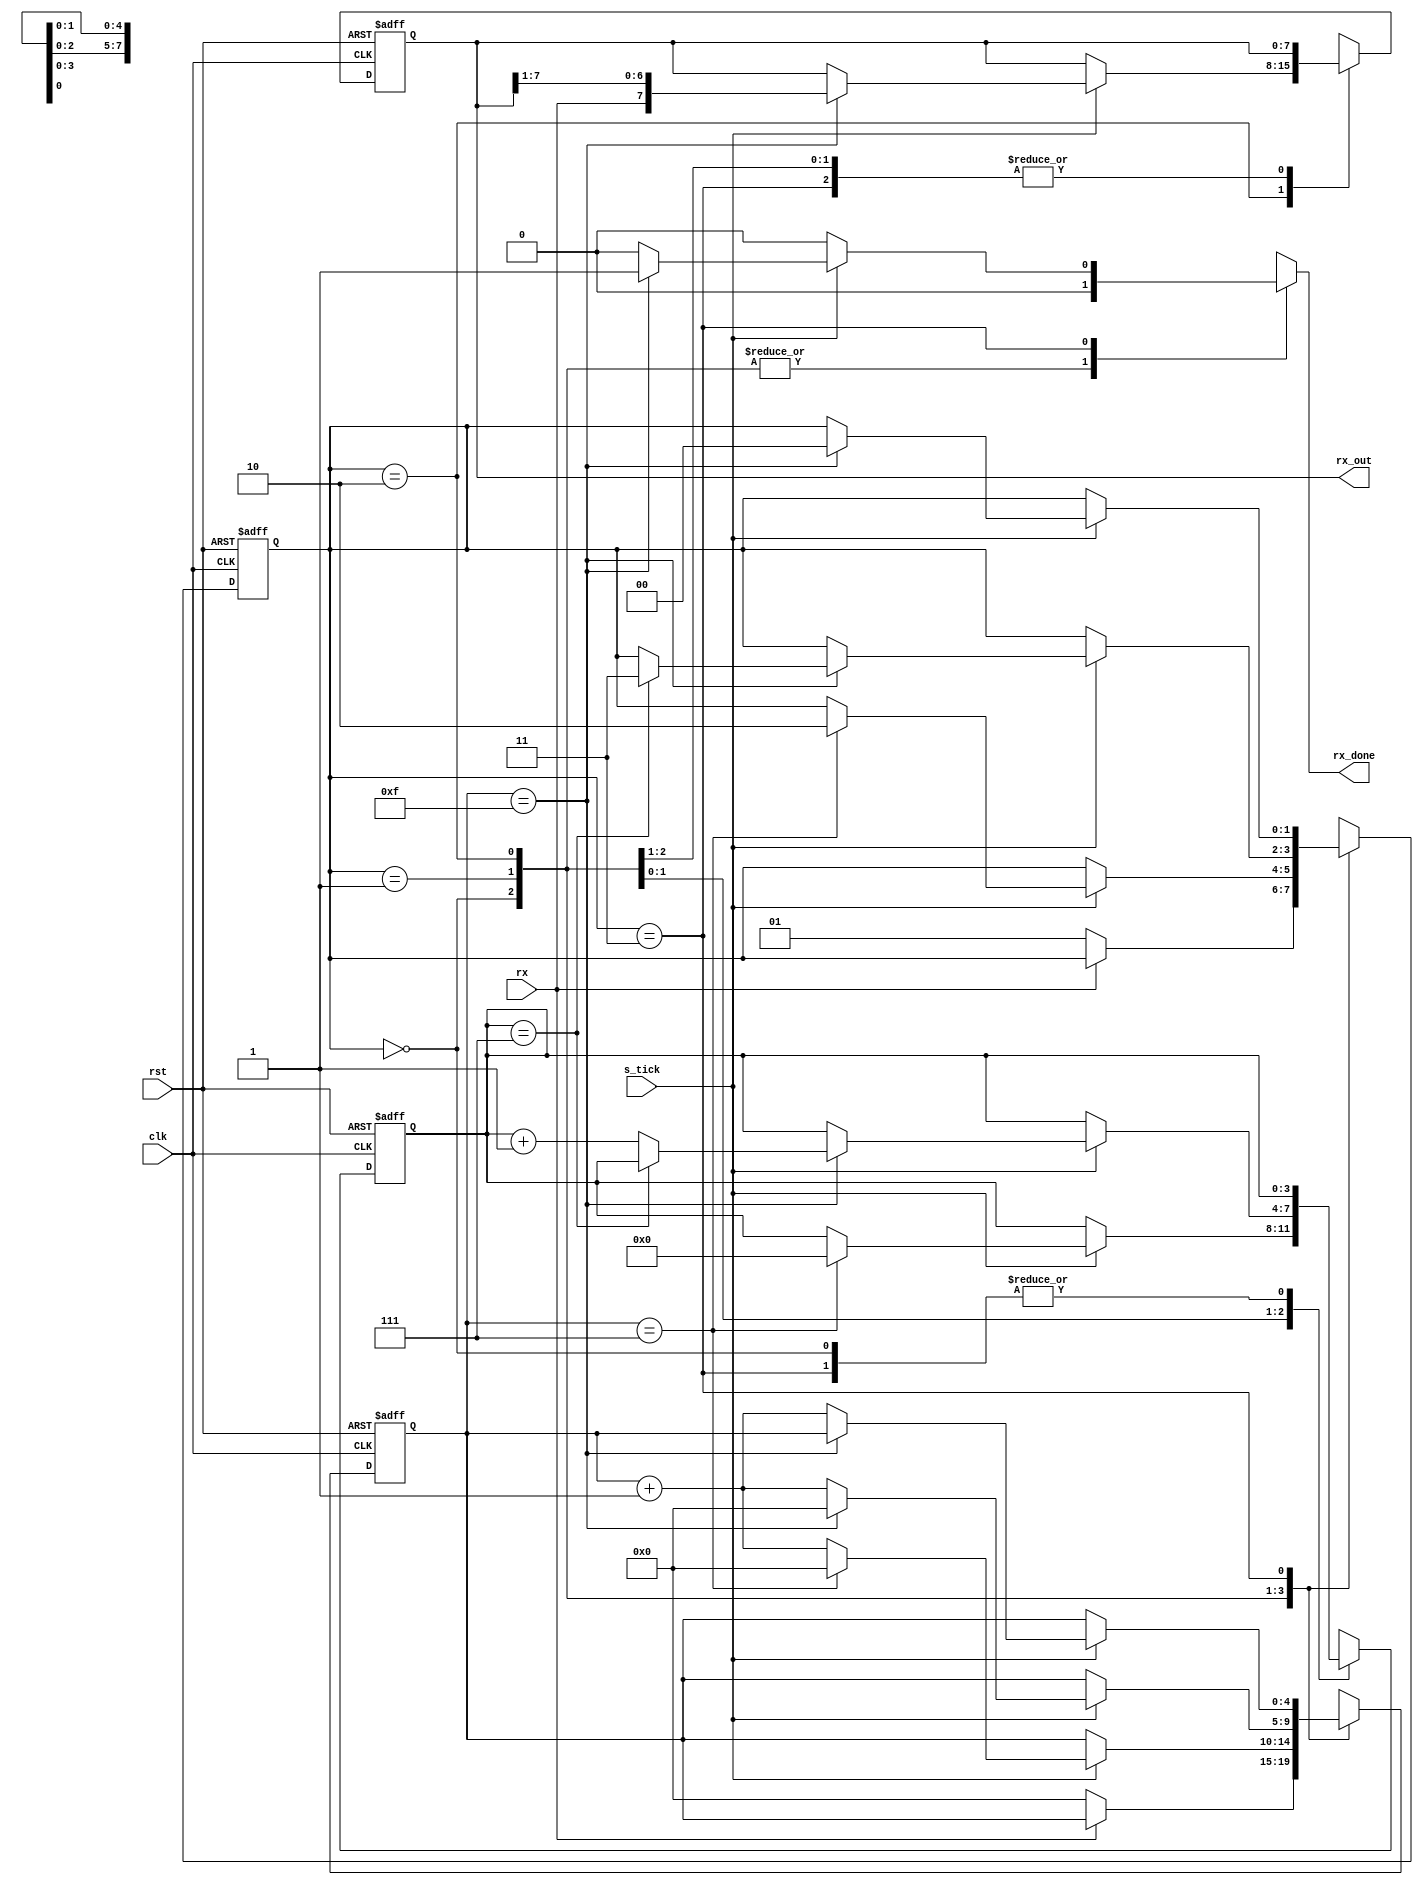
`timescale 1ns/1ps
module receiver #(parameter D_bit=8, stop_tick=16) (clk,rst,rx,s_tick,rx_done,rx_out);
	input clk,rst,s_tick,rx;
	output [D_bit-1:0] rx_out;
	output reg rx_done;
	
	reg [1:0] ps,ns; // present and next state registers
	reg [3:0] p_nbit_receive,n_nbit_receive;  //registers for number of bit received 
	reg [4:0] p_tick_num,n_tick_num;  //registers for number of tick given
	reg [D_bit-1:0] p_bits,n_bits;  //registers for store received bits
   
	parameter idle=2'b00,start=2'b01,data=2'b10,stop=2'b11;
	
	always@(posedge clk or posedge rst) begin
		if(rst)
			begin
				ps<=idle;
				p_nbit_receive<=0;
				p_tick_num<=0;
				p_bits<=0;
			end
		else
			begin
			   ps<= ns;
				p_nbit_receive<= n_nbit_receive;
				p_tick_num<= n_tick_num;                // next state to present state
				p_bits<= n_bits;
			end
		end		
	
	always@(*)
		begin
			
	    	rx_done=0;
			ns=ps;
			n_nbit_receive=p_nbit_receive;
			n_bits=p_bits;                         // to avoid generating latch
			n_tick_num=p_tick_num;
			
			case(ps)
				idle: if(~rx)
				
							begin
								n_tick_num=0;        // idle state
								ns=start;
							end	
				
				start: if(s_tick)
				
							if(p_tick_num==7)
							
								 begin
									n_tick_num=0;
									n_nbit_receive=0;
									ns=data;             // start state
								end	
								
							else 
								n_tick_num = p_tick_num+1;
								
							
							
				data: if(s_tick==1)
				
								if(p_tick_num==15)
								
									begin
										n_tick_num=0;
										n_bits = {rx,p_bits[D_bit-1:1]};
										
										if(p_nbit_receive==(D_bit-1))
											ns=stop;                            //data state
											
										else
											n_nbit_receive=p_nbit_receive+1;
									end
									
								else	
									n_tick_num=p_tick_num+1;
									
				stop:	if(s_tick==1)
								
								if(p_tick_num==(stop_tick-1))
								
									begin
										rx_done=1;
										ns=idle;
									end              //stop state
									
								else
									n_tick_num = p_tick_num +1;
									
				default: ns=idle;
				
			endcase		
		end
		
	assign rx_out=	p_bits;
	
endmodule